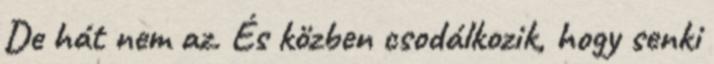
De hát nem az. És közben csodálkozik, hogy senki